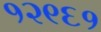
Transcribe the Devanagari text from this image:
१२९६१